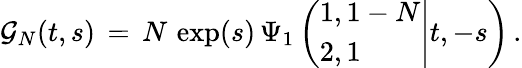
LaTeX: \begin{array}{l}{\displaystyle\mathcal{G}_{N}(t,s)\, =\, N\, \exp(s)\, \Psi_{1}\left(\left.\begin{array}{l}{1,1-N}\\ {2,1}\end{array}\right|t,-s\right)\, .}\end{array}